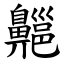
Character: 齆